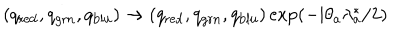
\left( q _ { \mathrm { r e d } } , q _ { \mathrm { g r n } } , q _ { \mathrm { b l u } } \right) \rightarrow \left( q _ { \mathrm { r e d } } , q _ { \mathrm { g r n } } , q _ { \mathrm { b l u } } \right) \exp ( - \mathrm { i } \theta _ { a } \lambda _ { a } ^ { \ast } / 2 )